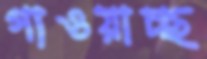
গাওয়াচ্ছ